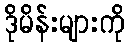
ဒိုမိန်းများကို